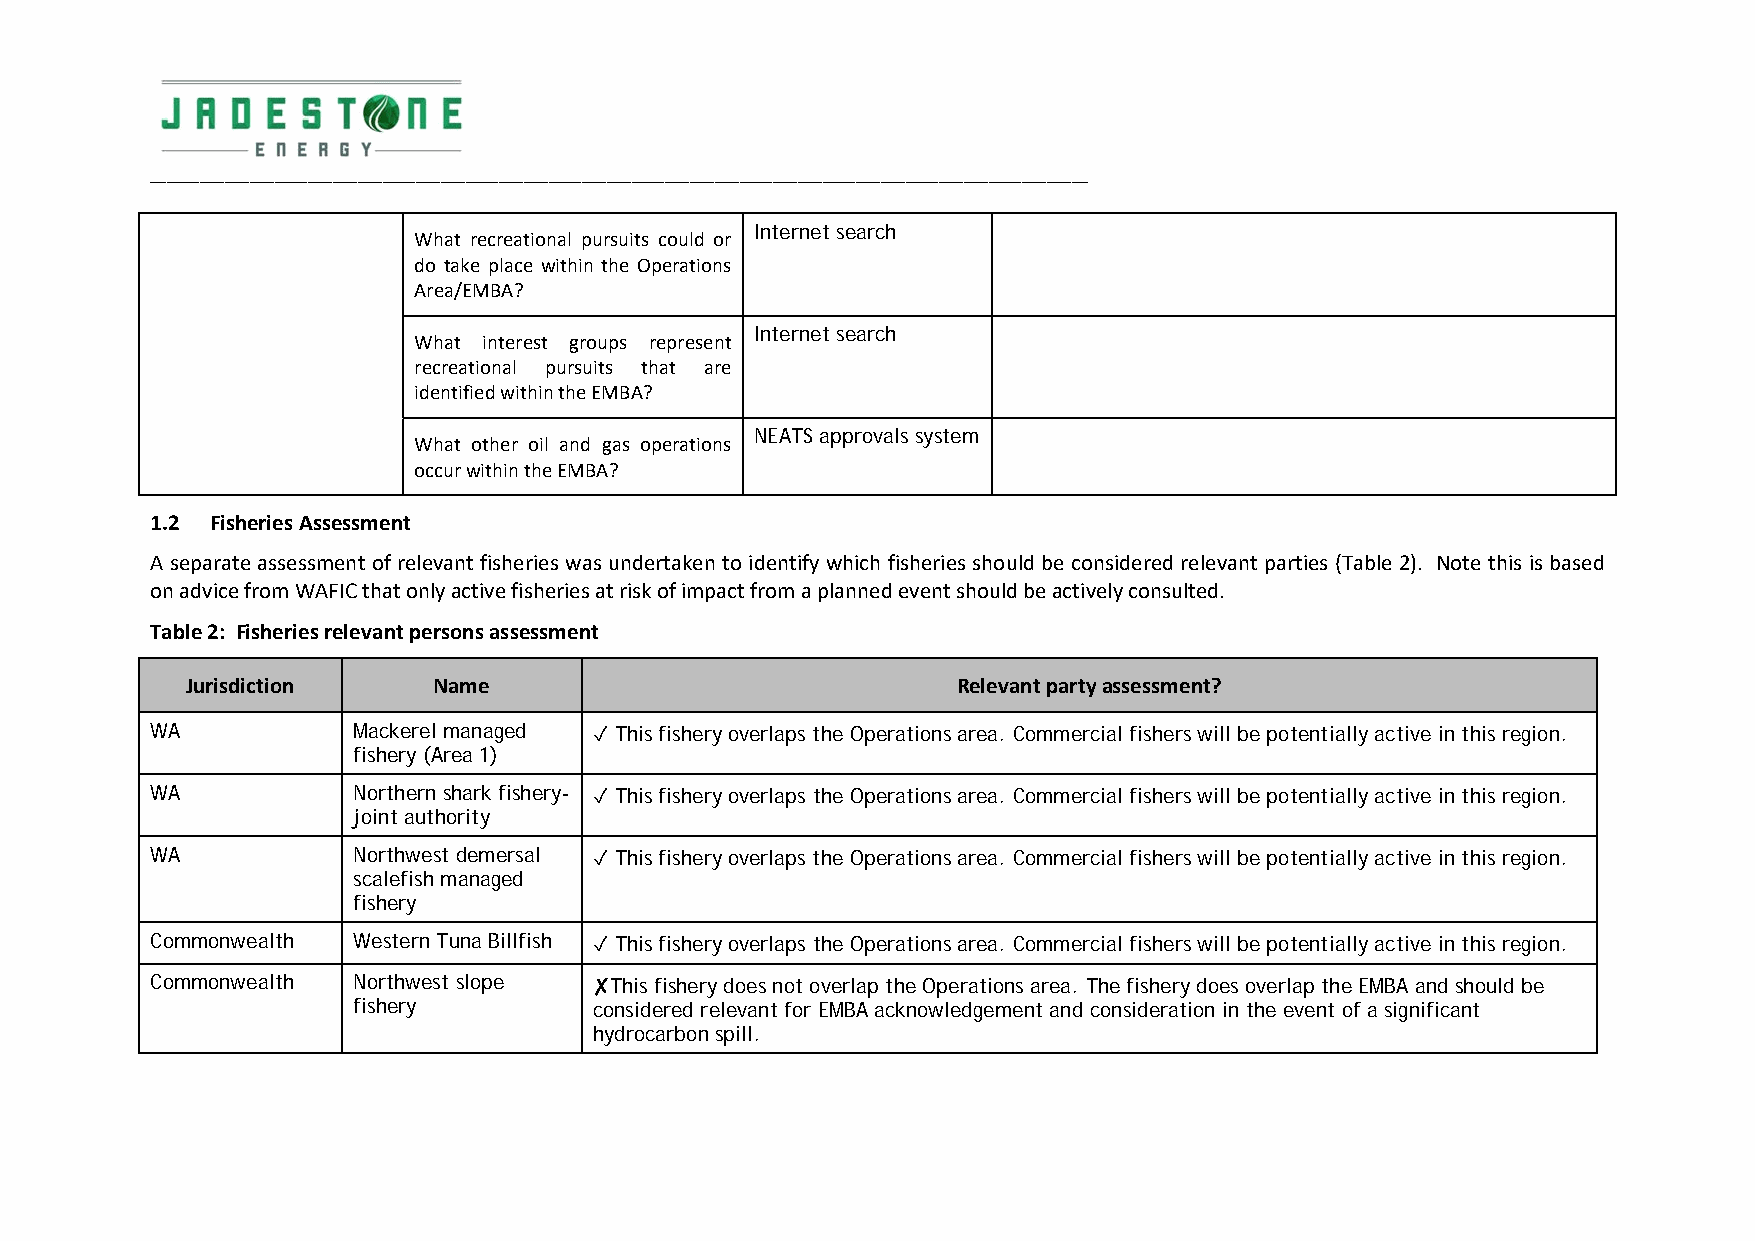
_________________________________________________________________________________________________________________
 Internet search
 What recreational pursuits could or
 do take place within the Operations
 Area/EMBA?
 Internet search
 What interest groups represent
 recreational pursuits that are
 identified within the EMBA?
 NEATS approvals system
 What other oil and gas operations
 occur within the EMBA?
 1.2 Fisheries Assessment
 A separate assessment of relevant fisheries was undertaken to identify which fisheries should be considered relevant parties (Table 2). Note this is based
 on advice from WAFIC that only active fisheries at risk of impact from a planned event should be actively consulted.
 Table 2: Fisheries relevant persons assessment
 Jurisdiction     Name                              Relevant party assessment?
 WA           Mackerel managed ✓ This fishery overlaps the Operations area. Commercial fishers will be potentially active in this region.
 fishery (Area 1)
 WA           Northern shark fishery- ✓ This fishery overlaps the Operations area. Commercial fishers will be potentially active in this region.
 joint authority
 WA           Northwest demersal ✓ This fishery overlaps the Operations area. Commercial fishers will be potentially active in this region.
 scalefish managed
 fishery
 Commonwealth Western Tuna Billfish ✓ This fishery overlaps the Operations area. Commercial fishers will be potentially active in this region.
 Commonwealth Northwest slope ✘This fishery does not overlap the Operations area. The fishery does overlap the EMBA and should be
 fishery         considered relevant for EMBA acknowledgement and consideration in the event of a significant
 hydrocarbon spill.